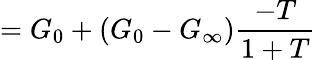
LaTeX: =G_{0}+(G_{0}-G_{\infty}){\frac{-T}{1+T}}